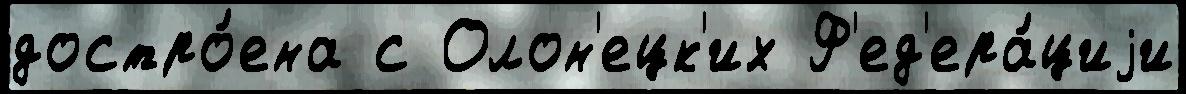
достро́ена с Олон'ецк'их Ф'ед'ера́циjи